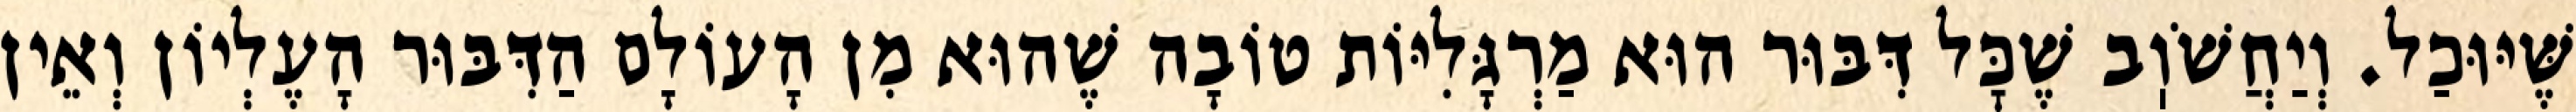
שֶּׁיּוּכַל. וְיַחֲשֹׁוֽב שֶׁכׇּל דִּבּוּר הוּא מַרְגָּלִיּוֹת טוֹבָה שֶׁהוּא מִן הָעוֹלָם הַדִּבּוּר הָעֶלְיוֹן וְאֵין